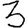
Digit: 3